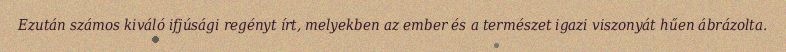
Ezután számos kiváló ifjúsági regényt írt, melyekben az ember és a természet igazi viszonyát hűen ábrázolta.